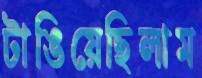
টাঙিয়েছিলাম